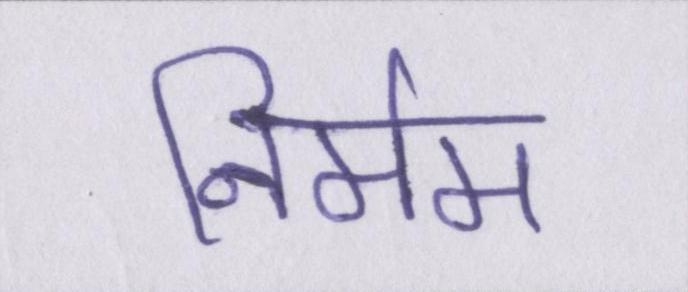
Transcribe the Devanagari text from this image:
निर्मम